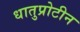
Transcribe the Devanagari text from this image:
धातुप्रोटीन